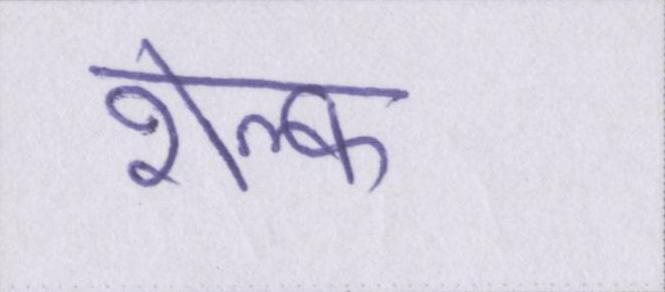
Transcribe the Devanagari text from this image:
शेल्फ